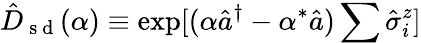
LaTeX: \hat{D}_{\mathrm{~s~d~}}(\alpha)\equiv\exp[(\alpha\hat{a}^{\dagger}-\alpha^{\ast}\hat{a})\sum\hat{\sigma}_{i}^{z}]